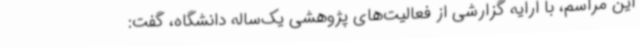
این مراسم، با ارایه گزارشی از فعالیت‌های پژوهشی یک‌ساله دانشگاه، گفت: